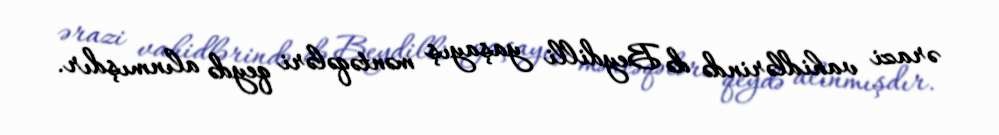
ərazi vahidlərində də Beydilli yaşayış məntəqələri qeydə alınmışdır.